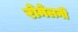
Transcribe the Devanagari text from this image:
रोमेलनी